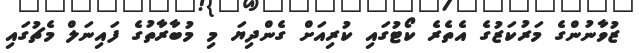
ޒުވާނުންގެ މަރުކަޒުގެ އެތެރެ ކޯޓުގައި ކުރިއަށް ގެންދިޔަ މި މުބާރާތުގެ ފައިނަލް މެޗުގައި